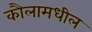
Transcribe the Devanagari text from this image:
कौलामधील